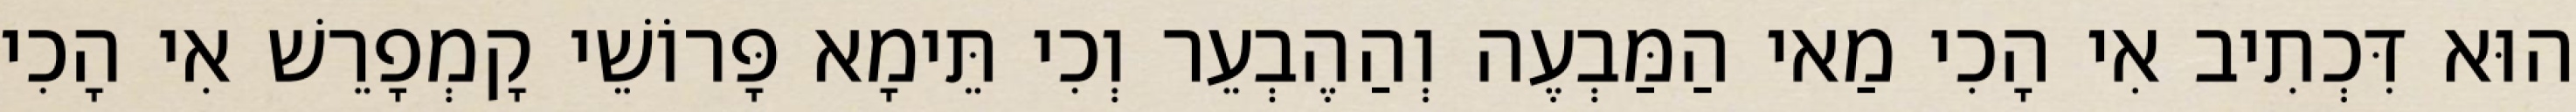
הוּא דִּכְתִיב אִי הָכִי מַאי הַמַּבְעֶה וְהַהֶבְעֵר וְכִי תֵּימָא פָּרוֹשֵׁי קָמְפָרֵשׁ אִי הָכִי